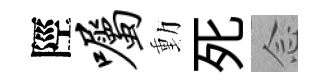
陘嘱動死𫝹